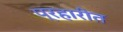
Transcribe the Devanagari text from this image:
प्रहारीत